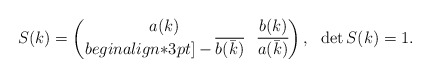
\begin{align*}S(k)=\begin{pmatrix}a(k) & b(k) \\begin{align*}3pt]-\overline{b(\bar{k})} & \overline{a(\bar{k})}\end{pmatrix}, \ \ \det S(k)=1.\end{align*}